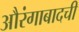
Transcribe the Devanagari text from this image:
औरंगाबादची